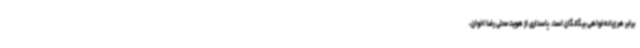
برابر هر زیاده‌خواهی بیگانگان است. پاسداری از هویت محلی رضا اخوان،